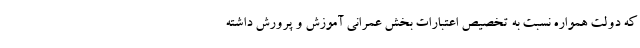
که دولت همواره نسبت به تخصیص اعتبارات بخش عمرانی آموزش و پرورش داشته